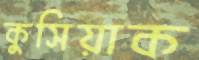
কুসিয়াক